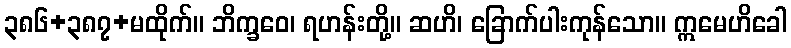
၃၈၆+၃၈၇+မထိုက်။ ဘိက္ခဝေ၊ ရဟန်းတို့။ ဆဟိ၊ ခြောက်ပါးကုန်သော။ ဣမေဟိခေါ